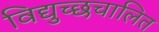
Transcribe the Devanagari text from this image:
विद्युच्छचालित